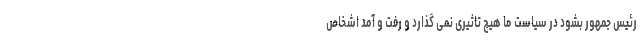
رئیس جمهور بشود در سیاست ما هیچ تاثیری نمی گذارد و رفت و آمد اشخاص